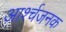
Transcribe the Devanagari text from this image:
आर्श्चजनक